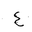
Letter: _ayn